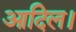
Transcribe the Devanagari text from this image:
आदिल।